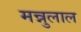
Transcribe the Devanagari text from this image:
मन्नुलाल